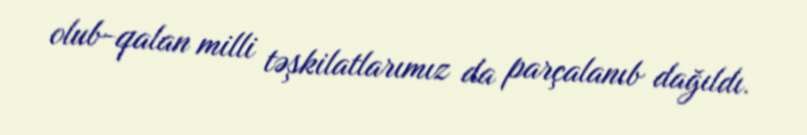
olub-qalan milli təşkilatlarımız da parçalanıb dağıldı.